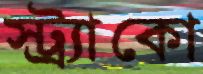
স্ট্র্যাকো